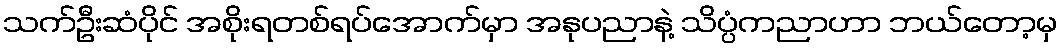
သက်ဦးဆံပိုင် အစိုးရတစ်ရပ်အောက်မှာ အနုပညာနဲ့ သိပ္ပံကညာဟာ ဘယ်တော့မှ